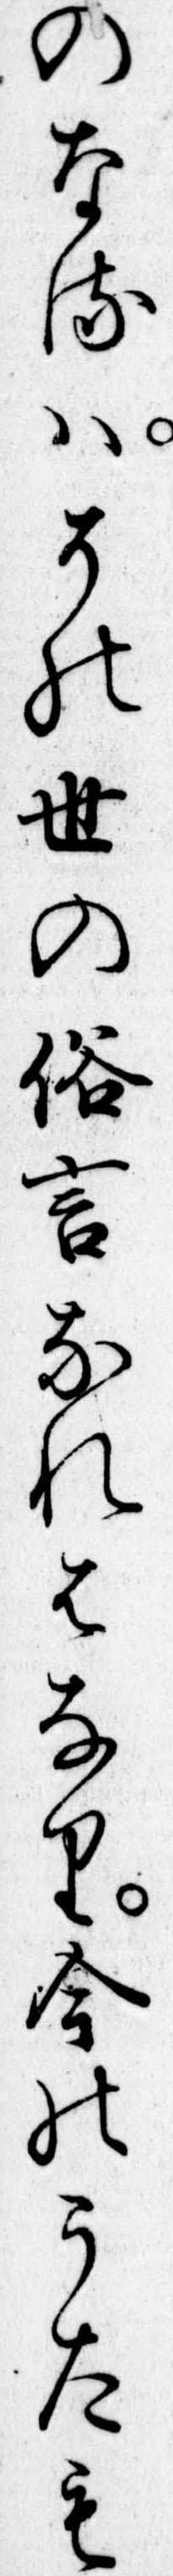
のなるはその世の俗言なれはなり今のうたも